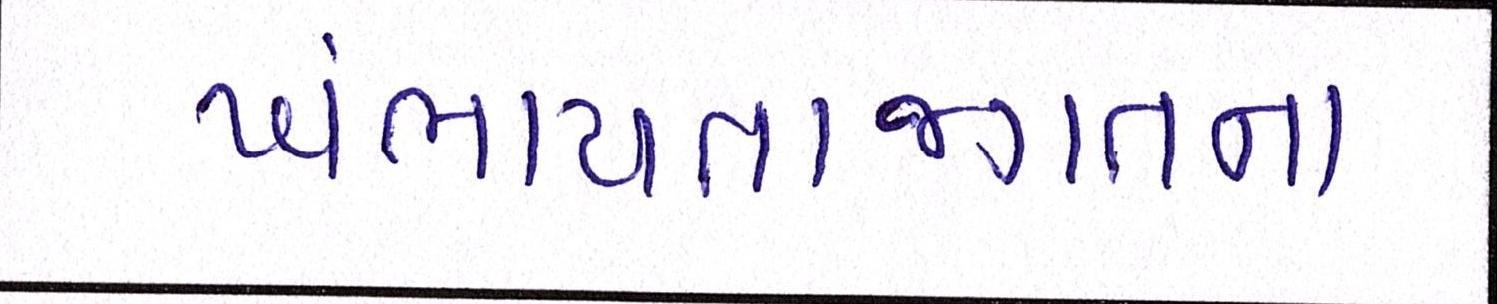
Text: ખંભાયતાજગતના